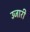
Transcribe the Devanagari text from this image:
उजारी